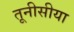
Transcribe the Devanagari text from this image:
तूनीसीया